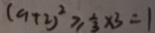
( a + 2 ) ^ { 2 } \geq \frac { 1 } { 3 } \times 3 = 1